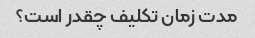
مدت زمان تکلیف چقدر است؟